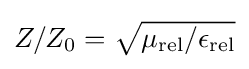
{\textstyle Z/Z_{0}={\sqrt {\mu _{\text{rel}}/\epsilon _{\text{rel}}}}}